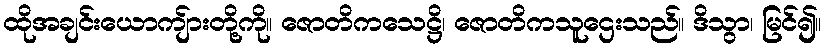
ထိုအချင်းယောကျ်ားတို့ကို။ ဇောတိကသေဋ္ဌိ၊ ဇောတိကသူဌေးသည်။ ဒိသွာ၊ မြင်၍။